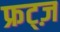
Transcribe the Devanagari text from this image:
फ्रट्ज़